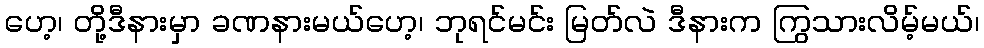
ဟေ့၊ တို့ဒီနားမှာ ခဏနားမယ်ဟေ့၊ ဘုရင်မင်း မြတ်လဲ ဒီနားက ကြွသားလိမ့်မယ်၊